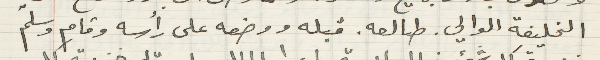
الخليفة الوالى. طالعه.  قبله ووضعه على رأسه وقام وسلمّ